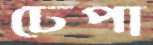
ঢেপা